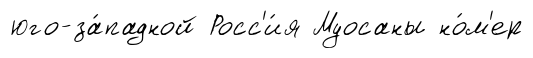
юго-за́падной Росс'и́я Муосаны но́м'ер